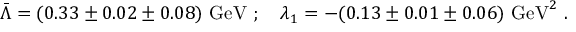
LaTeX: \bar { \Lambda } = ( 0 . 3 3 \pm 0 . 0 2 \pm 0 . 0 8 ) ~ \mathrm { G e V } ~ ; ~ ~ ~ \lambda _ { 1 } = - ( 0 . 1 3 \pm 0 . 0 1 \pm 0 . 0 6 ) ~ \mathrm { G e V } ^ { 2 } ~ .